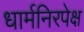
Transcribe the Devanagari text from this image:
धार्मनिरपेक्ष